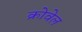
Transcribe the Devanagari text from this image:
क्रोवेल